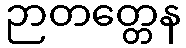
ဉာတတ္တေန